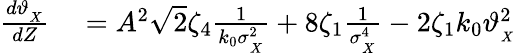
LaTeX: \begin{array}{rl}{\frac{d\vartheta_{_{X}}}{dZ}}&{{}=A^{2}\sqrt{2}\zeta_{4}\frac{1}{k_{0}\sigma_{_X}^{2}}+8\zeta_{1}\frac{1}{\sigma_{_X}^{4}}-2\zeta_{1}k_{0}\vartheta_{_{X}}^{2}}\end{array}